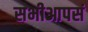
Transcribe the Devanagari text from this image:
सभीआपसं